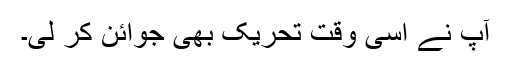
آپ نے اسی وقت تحریک بھی جوائن کر لی۔